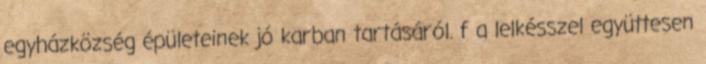
egyházközség épületeinek jó karban tartásáról. f a lelkésszel együttesen